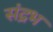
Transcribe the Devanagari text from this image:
संद्रभ